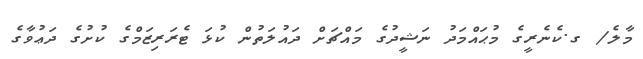
މާލެ/ ގ.ކެނެރީގެ މުޙައްމަދު ނަޝީދުގެ މައްޗަށް ދައުލަތުން ކުޅަ ޓެރަރިޒަމްގެ ކުށުގެ ދަޢުވާގެ